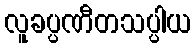
လူခပ္ပဏီတသပ္ပါယ